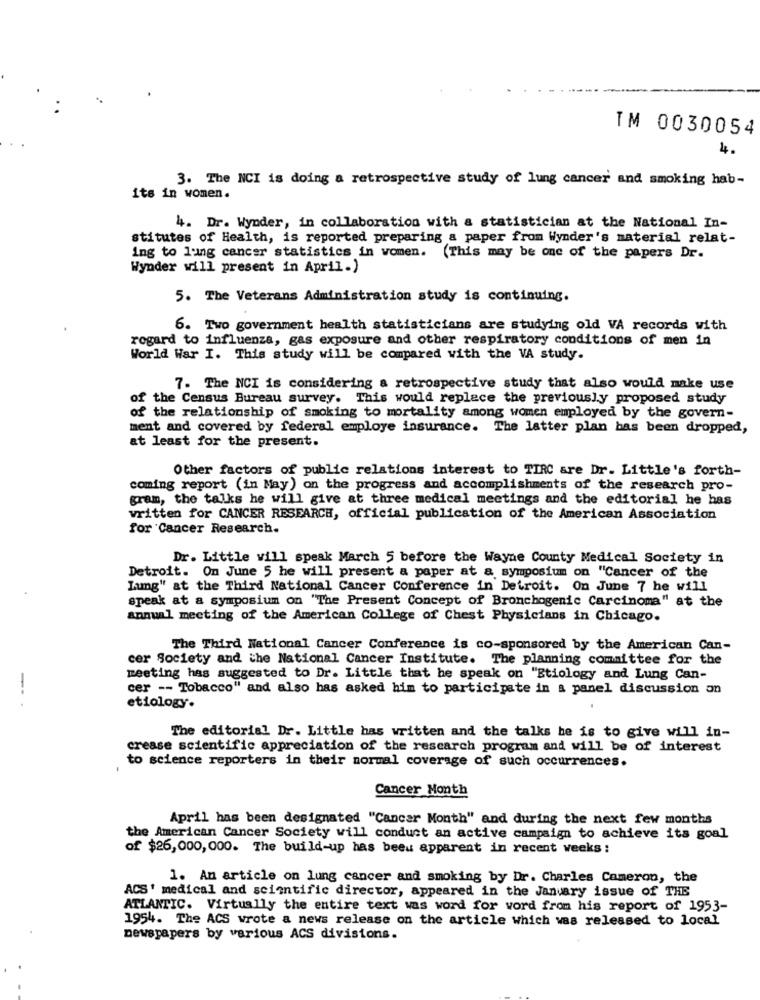
TM 0030054
4.
3. The NCI is doing a retrospective study of lung cancer and smoking hab-
its in women.
4. Dr. Wynder, in collaboration with a statistician at the National In-
stitutes of Health, is reported preparing a paper from Wynder's material relat-
ing to lung cancer statistics in women. (This may be one of the papers Dr.
Wynder will present in April.)
5. The Veterans Administration study is continuing.
6. Two government health statisticians are studying old VA records with
regard to influenza, gas exposure and other respiratory conditions of men in
World War I. This study will be compared with the VA study.
7. The NCI is considering a retrospective study that also would make use
of the Census Bureau survey. This would replace the previously proposed study
of the relationship of smoking to mortality among women employed by the govern-
ment and covered by federal employe insurance. The latter plan bas been dropped,
at least for the present.
Other factors of public relations interest to TIRC are Dr. Little's forth-
coming report (in May ) on the progress and accomplishments of the research pro-
gram, the talks he will give at three medical meetings and the editorial he has
written for CANCER RESEARCH, official publication of the American Association
for Cancer Research.
Dr. Little will speak March 5 before the Wayne County Medical Society in
Detroit. On June 5 he will present a paper at a symposium on "Cancer of the
Lang" at the Third National Cancer Conference in Detroit. On June 7 he will
speak at a symposium on "The Present Concept of Bronchogenic Carcinoma" at the
annual meeting of the American College of Chest Physicians in Chicago.
The Third National Cancer Conference is co-sponsored by the American Can-
cer Society and the National Cancer Institute. The planning committee for the
meeting has suggested to Dr. Little that he speak on "Etiology and Lung Can-
cer -- Tobacco" and also has asked him to participate in a panel discussion on
--.
etiology.
The editorial Dr. Little has written and the talks he is to give will in-
crease scientific appreciation of the research program and will be of interest
to science reporters in their normal coverage of such occurrences.
Cancer Month
April has been designated "Cancer Month" and during the next few months
the American Cancer Society will conduct an active campaign to achieve its goal
of $26,000, 000. The build-up has been apparent in recent weeks :
1. An article on lung cancer and smoking by Dr. Charles Cameron, the
ACS' medical and scientific director, appeared in the January issue of THE
ATLANTIC. Virtually the entire text was word for word from his report of 1953-
1954. The ACS wrote a news release on the article which was released to local
newspapers by various ACS divisions.